Annual report of the Punjab Veterinary College and of the Civil Veterinary Department, Punjab - 1909-1919
Year: 1909
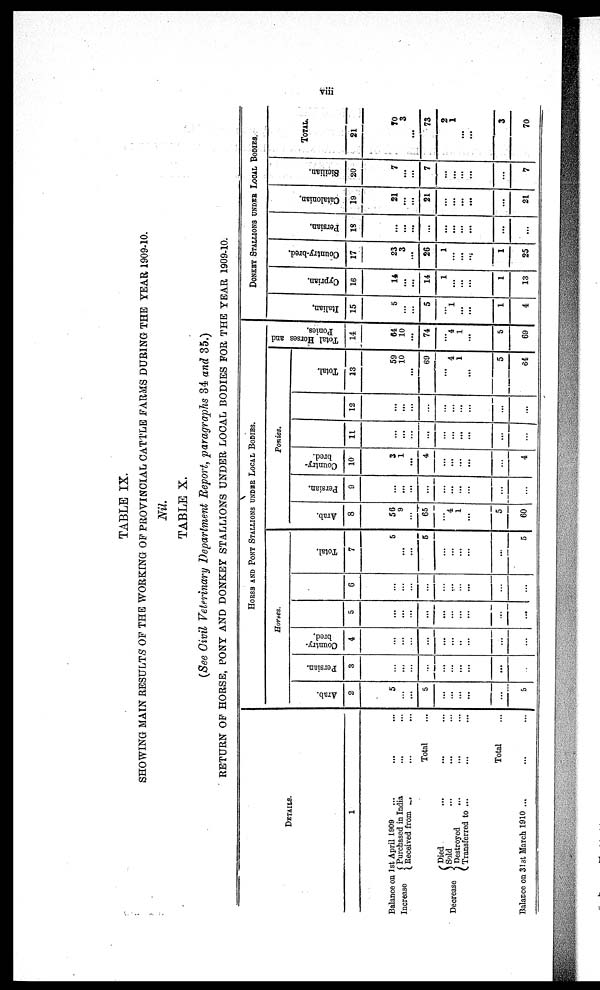
viii
TABLE IX.
SHOWING MAIN RESULTS OF THE WORKING OF PROVINCIAL CATTLE FARMS DURING THE YEAR 1909-10.
Nil.
TABLE X.
(See Civil Veterinary Department Report, paragraphs 34 and 35.)
RETURN OF HORSE, PONY AND DONKEY STALLIONS UNDER LOCAL BODIES FOR THE YEAR 1909-10.
DETAILS.
1
Balance on 1st April 1909 … … …
Increase
Purchased in India
…
…
Received from … … …
Total ...
Decrease
Died … … …
Sold … … …
Destroyed … … …
Transferred to ... … …
Total ...
Balance on 31st March 1910 ... … …
HORSE AND PONY STALLIONS UNDER LOCAL BODIES.
Horses.
Arab.
2
5
…
…
5
…
…
…
…
…
5
Persian.
3
…
…
…
…
…
…
…
…
...
Country¬
bred.
4
…
…
…
...
…
…
…
…
...
...
5
…
…
…
…
…
…
…
…
...
...
6
…
…
…
...
…
…
…
...
...
...
Total.
7
5
…
…
5
…
…
…
…
...
5
Ponies.
Arab.
8
56
9
…
65
…
4
1
…
5
60
Persian.
9
…
…
…
...
…
…
…
…
...
...
Country¬
bred.
10
3
1
…
4
…
…
…
…
...
4
11
…
…
…
...
…
…
…
...
...
…
12
…
…
…
…
…
…
…
...
...
Total.
13
59
10
…
69
…
4
1
...
5
64
Total Horses and
Ponies.
14
64
10
…
74
…
4
1
…
5
69
DONKEY STALLIONS UNDER LOCAL BODIES.
I t al i an.
15
5
…
…
5
…
1
…
…
1
4
Cypr i
an.
16
14
…
…
14
1
…
…
...
1
13
Count r
y- br e d.
17
23
3
…
26
1
…
…
…
1
25
Per s i
an.
18
…
…
…
...
…
…
…
…
...
...
Cat al oni an.
19
21
…
…
21
…
…
…
…
...
21
Si ci l
i
an.
20
7
…
…
7
…
…
…
…
...
7
TOTAL.
21
70
3
…
73
2
1
…
…
3
70